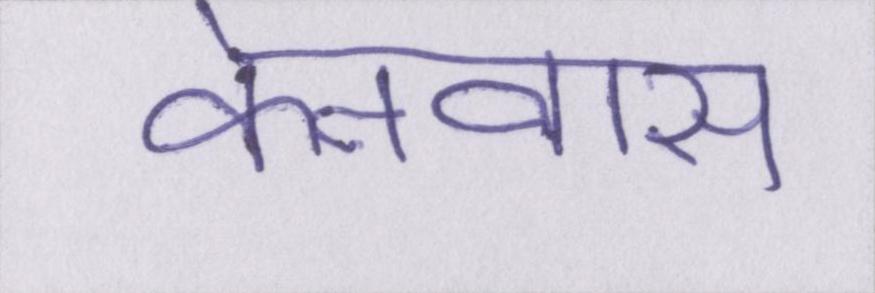
केनवास